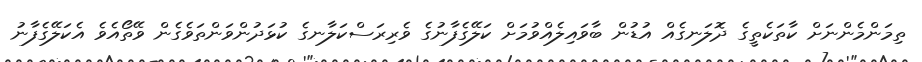
ތިމަންމެންނަށް ކާތަކެތީގެ ދޮލަނގެއް އުޑުން ބާވައިލެއްވުމަށް ކަލޭގެފާނުގެ ވެރިރަސްކަލާނގެ ކުޅަދުންވަންތަވެގެން ވޭތޯއެވެ އެކަލޭގެފާނު